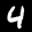
Label: 4